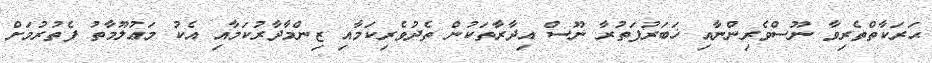
ޙަރަކާތްތެރިވާ ނޫސްވެރިންނާއި ޚަބަރުފަތުރާ ނޫސް އިދާރާތަކުން ތެދުވެރިކަމާއި ޒިންމާދާރުކަމާއި އެކު މަޢުލޫމާތު ފެތުރުމަށް